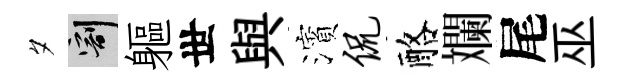
夕割軀世與濱侃酪斕尾巫